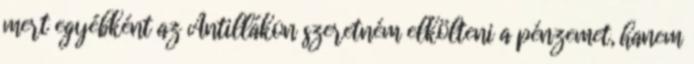
mert egyébként az Antillákon szeretném elkölteni a pénzemet, hanem